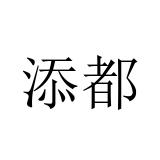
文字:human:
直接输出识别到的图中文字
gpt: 添都